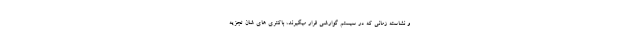
و نشاسته زمانی که در سیستم گوارشی قرار میگیرند، باکتری های شان تجزیه